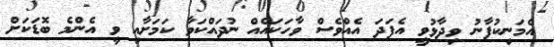
އެމަނިކުފާނު ވިދާޅުވީ އެފަދަ އެއްވެސް ވާހަކައެއް ނުދައްކަވާ ކަމަށާއި ވީ އެންމެ ބޮޑަކަށް